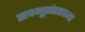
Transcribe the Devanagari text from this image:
सवभूतांतरात्मा